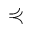
\curlyeqprec